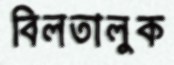
বিলতালুক